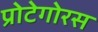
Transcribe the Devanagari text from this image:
प्रोटेगोरस